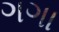
ગગા